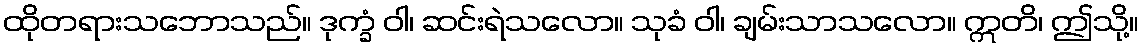
ထိုတရားသဘောသည်။ ဒုက္ခံ ဝါ၊ ဆင်းရဲသလော။ သုခံ ဝါ၊ ချမ်းသာသလော။ ဣတိ၊ ဤသို့။